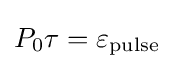
P_{0}\tau =\varepsilon _{\mathrm {pulse} }